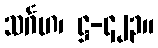
သင်္ဂဟ၊ ဋ္ဌ-၄၂၃။